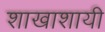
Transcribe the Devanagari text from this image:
शाखाशायी